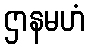
ဌာနမဟံ